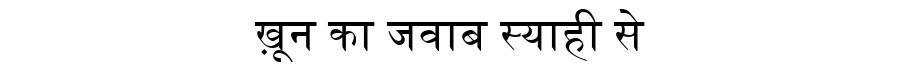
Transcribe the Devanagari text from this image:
ख़ून का जवाब स्याही से